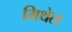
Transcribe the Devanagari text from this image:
मिथेल